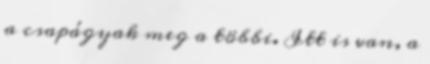
a csapágyak meg a többi. Itt is van, a